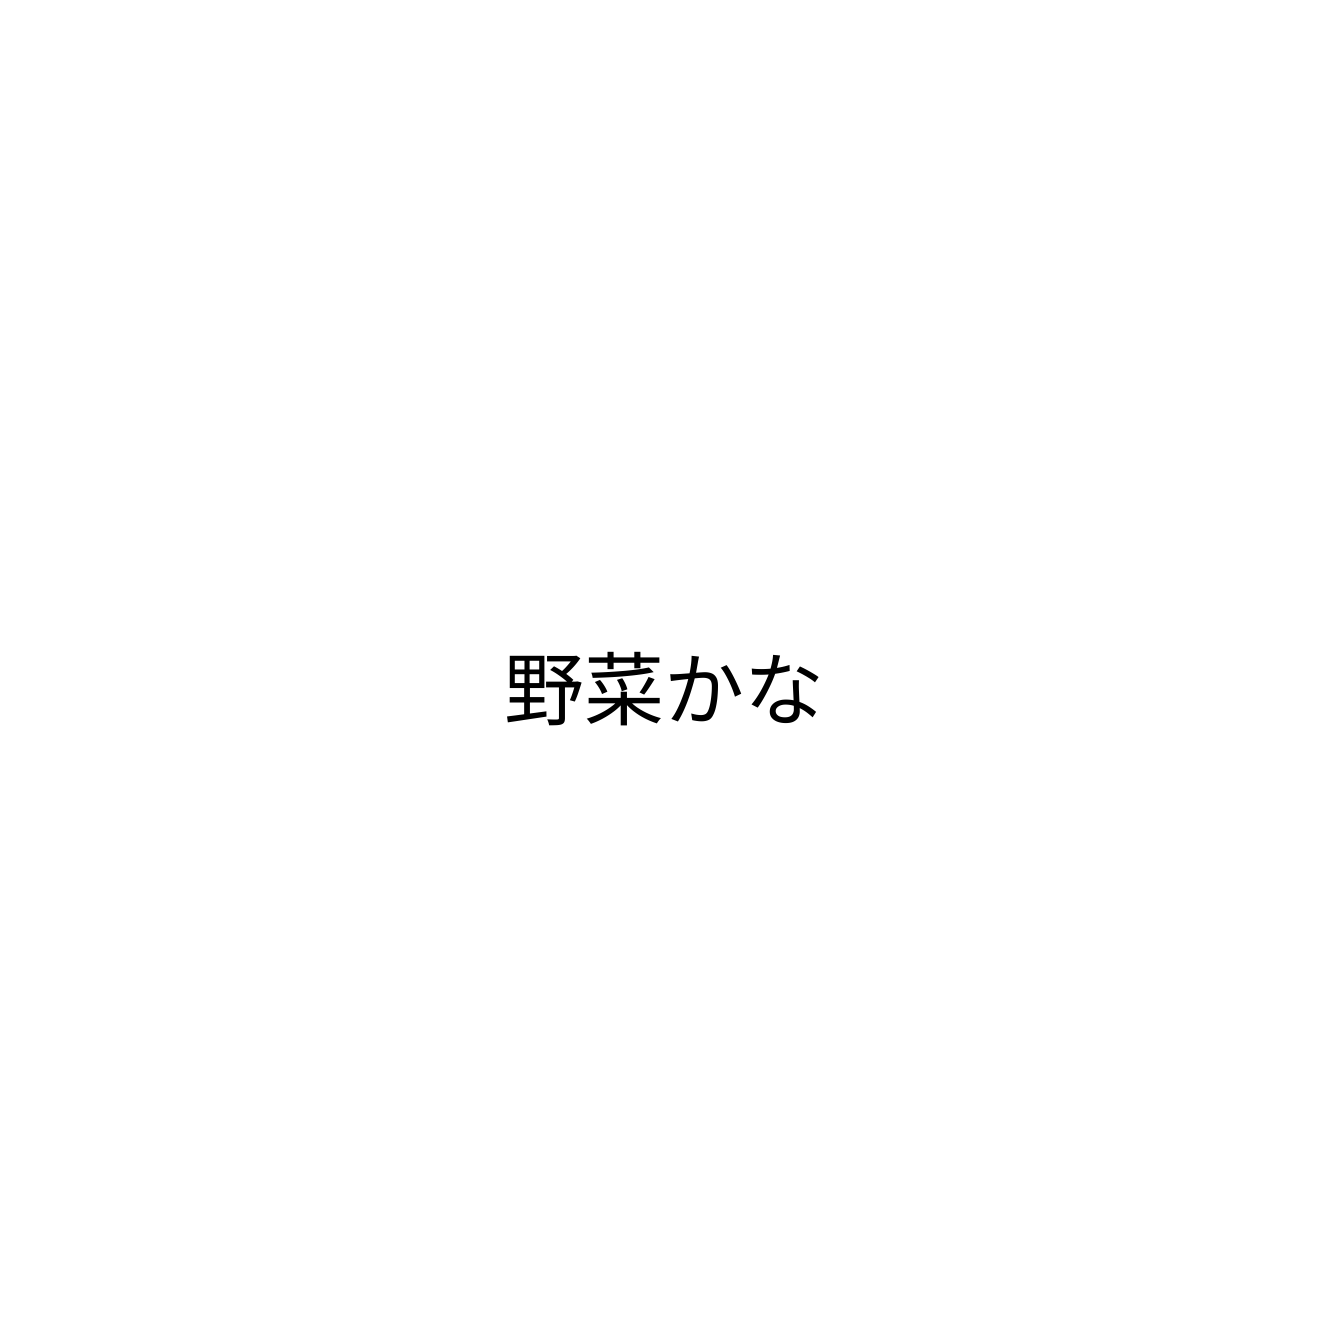
野菜かな